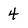
Character: 4